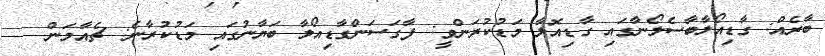
ބާރެއް: ގާޑިއޯލާބާސެލޯނާގައި ގާޑިއޮލާ މަޑުކުރަންވީ: ފާގަސަންގާޑިއޯލާ ބަޔާނުގައި މަޑުކުރާނެ: ޗެއާމަން